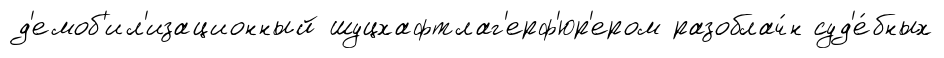
д'емоб'ил'изационный шуцхафтлаг'ерф'юр'ером разоблач́н суд'е́бных